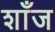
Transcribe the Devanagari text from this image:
शाँज